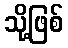
သို့ဖြစ်